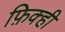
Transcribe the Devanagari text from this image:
फ़िक्ही